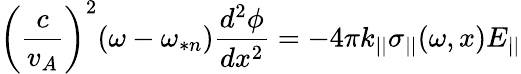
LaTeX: \left(\frac{c}{v_{A}}\right)^{2}(\omega-\omega_{*n})\frac{d^{2}\phi}{dx^{2}}=-4\pi k_{||}\sigma_{||}(\omega,x)E_{||}